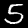
Label: 5